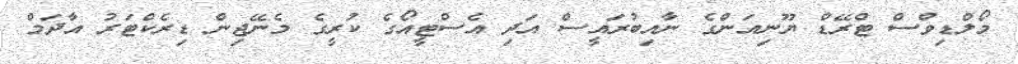
މޯލްޑިވްސް ޓްރޭޑް ޔޫނިއަންގެ ނާއިބުރައީސް އަދި އެސްޓީއޯގެ ކުރީގެ މެނޭޖިން ޑިރެކްޓަރު އާދަމް